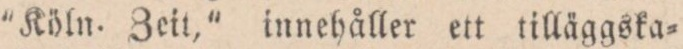
”Köln. Zeit,” innehåller ett tilläggska=